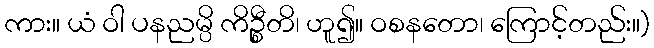
ကား။ ယံ ဝါ ပနညမ္ပိ ကိဉ္စီတိ၊ ဟူ၍။ ဝစနတော၊ ကြောင့်တည်း။)